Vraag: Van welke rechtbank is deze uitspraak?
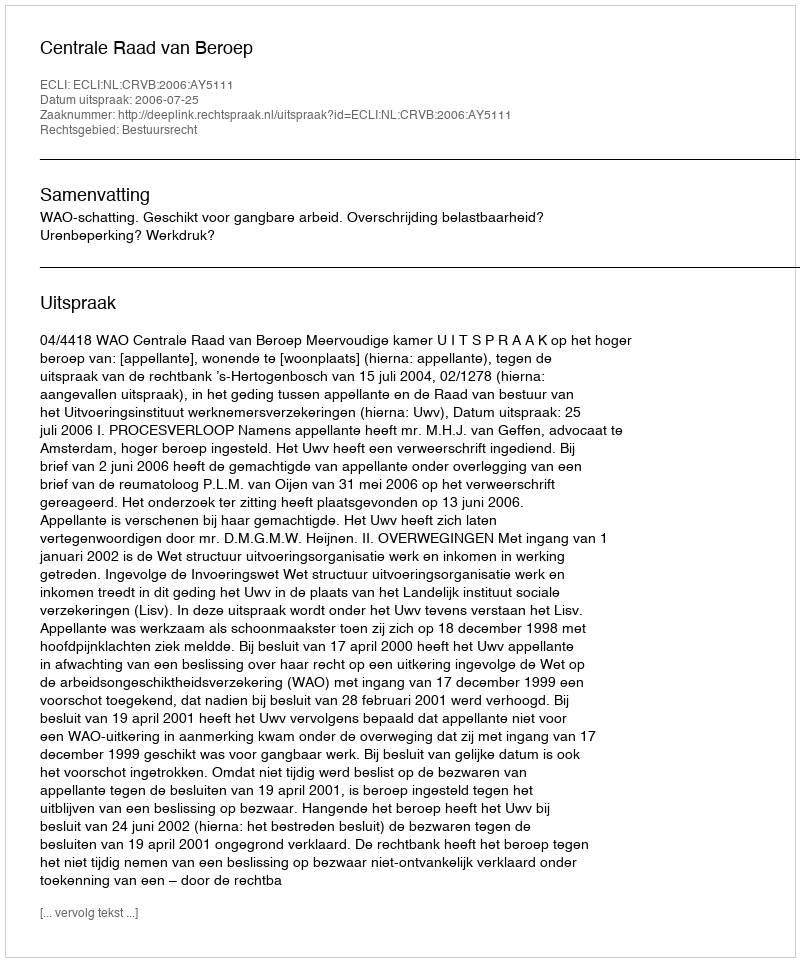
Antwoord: Centrale Raad van Beroep